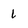
Character: 1